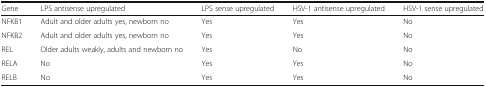
| Gene | LPS antisense upregulated | LPS sense upregulated | HSV-1 antisense upregulated | HSV-1 sense upregulated |
 | --- | --- | --- | --- | --- |
 | NFKB1 | Adult and older adults yes, newborn no | Yes | Yes | No |
 | NFKB2 | Adult and older adults yes, newborn no | Yes | Yes | No |
 | REL | Older adults weakly, adults and newborn no | Yes | No | No |
 | RELA | No | Yes | Yes | No |
 | RELB | No | Yes | Yes | No |